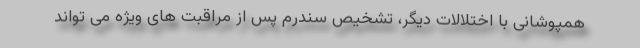
همپوشانی با اختلالات دیگر، تشخیص سندرم پس از مراقبت های ویژه می تواند